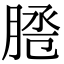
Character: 𦜕